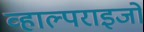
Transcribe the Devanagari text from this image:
व्हाल्पराइजो